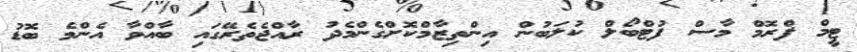
ޓީމް ފްރޮމް މާސް ފުޓްބޯލް ކުލަބުން އިންތިޒާމްކޮށްގެންމެދު ރާއްޖެތެރޭގައި ބާއްވާ އެންމެ ބޮޑު